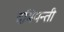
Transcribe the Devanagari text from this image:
दमियन्ती